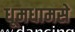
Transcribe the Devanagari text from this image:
धूमधामसे